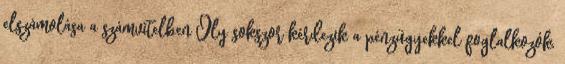
elszámolása a számvitelben Oly sokszor kérdezik a pénzügyekkel foglalkozók,